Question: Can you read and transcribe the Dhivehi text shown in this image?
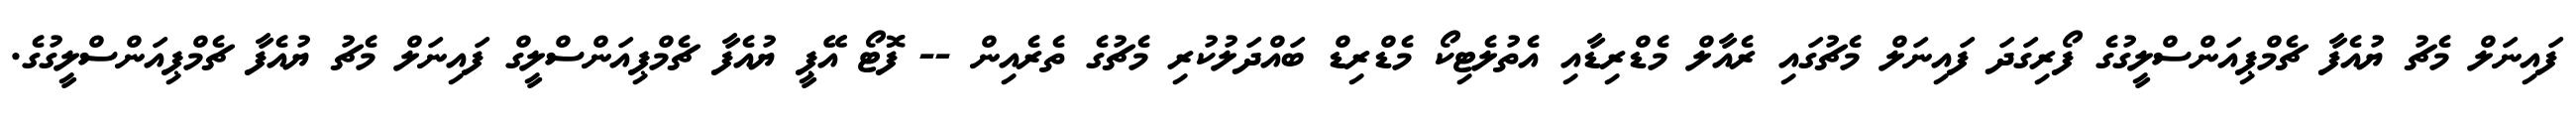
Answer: ފައިނަލް މެޗު ޔުއެފާ ޗެމްޕިއަންސްލީގުގެ ފޯރިގަދަ ފައިނަލް މެޗުގައި ރެއާލް މެޑްރިޑާއި އެތުލެޓިކޯ މެޑްރިޑް ބައްދަލުކުރި މެޗުގެ ތެރެއިން -- ފޮޓޯ އޭޕީ ޔުއެފާ ޗެމްޕިއަންސްލީގް ފައިނަލް މެޗު ޔުއެފާ ޗެމްޕިއަންސްލީގުގެ.